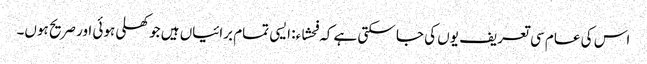
اس کی عام سی تعریف یوں کی جا سکتی ہے کہ فحشاء: ایسی تمام برائیاں ہیں جو کھلی ہوئی اور صریح ہوں۔